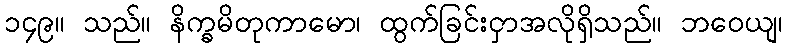
၁၄၉။ သည်။ နိက္ခမိတုကာမော၊ ထွက်ခြင်းငှာအလိုရှိသည်။ ဘဝေယျ၊